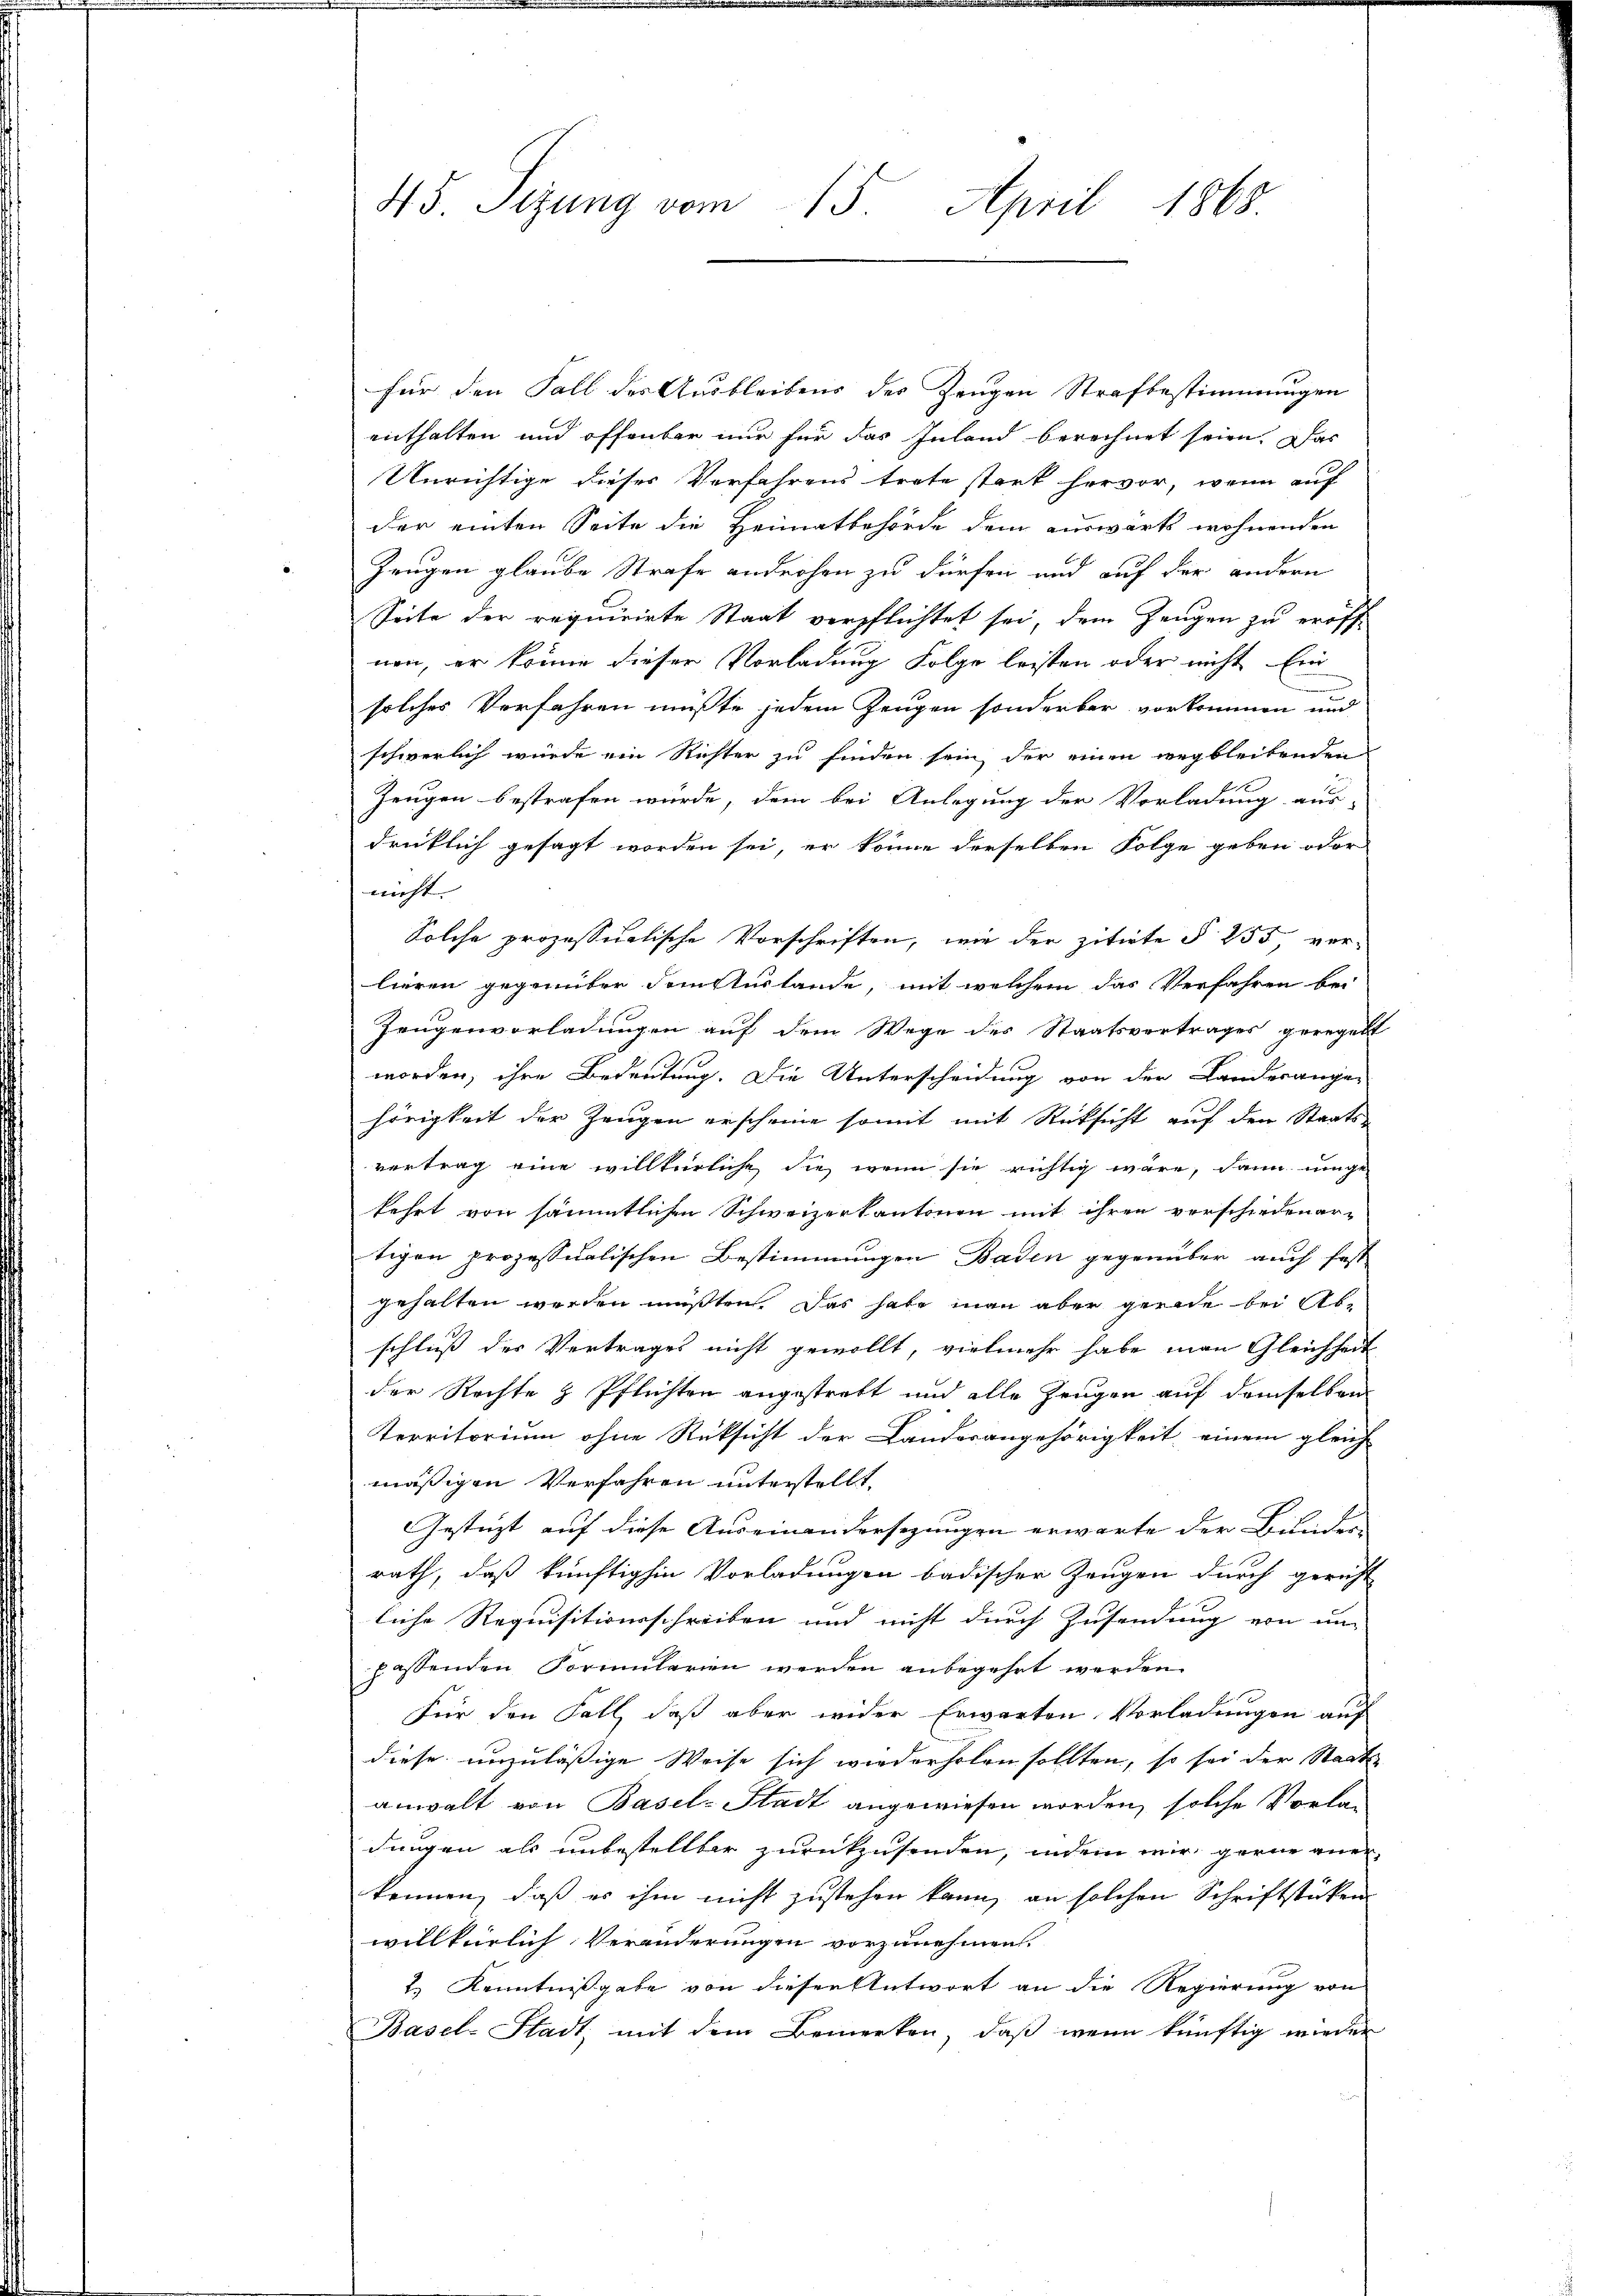
45 Sizung vom 15. April 1868

für den Fall des Ausbleibens des Zeugen Strafbestimmungen
enthalten und offenbar nur für das Inland berechnet seien. Das
Unrichtige dieses Verfahrens trete stark hervor, wenn auf
der einten Seite die Heimatbehörde dem auswärts wohnenden
Zeugen glaube Strafe androhen zu dürfen und auf der andern
Seite der requirirte Staat verpflichtet sei, dem Zeugen zu eröffnen, er könne dieser Vorladung Folge leisten oder nicht Ein
solches Verfahren müßte jedem Zeugen sonderbar vorkommen und
schwerlich würde ein Richter zu finden sein der einen wegbleibenden
Zeugen bestrafen wurde, dem bei Anlegung der Vorladung aus-
drüklich gesagt worden sei, er könne derselben Folge geben oder
nicht. |
Solche prozessualische Vorschriften, wie der zitirte § 255 vor-
lieren gegenüber dem tustande, mit welchem das Verfahren bei
Zeugenvorladungen auf dem Wege des Staatsvertrages geregelt
worden, ihre Bedeutung. Die Unterscheidung von der Landerange-
hörigkeit der Zeugen erscheine somit mit Rücksicht auf den Staats-
vertrag eine willkürliche die wenn sie richtig wäre, dann einge
lehrt von sämmtlichen Schweizerkantonen mit ihren verschiedenertigen prozessualischen Bestimmungen Baden gegenüber auch fest
gehalten werden müßten. Das habe man aber gerade bei Abschluß der Vertrages nicht gewollt, vielmehr habe man Gleichheit
der Rechte & Pflichten angestrebt und alle Zeugen auf demselben
Territorium ohne Rüksicht der Landorangehörigkeit einem gleich-
mässigen Verfahren unterstellt,
Gestützt auf diese Auseinandersezungen erwarte der Bunder-
rath, daß künftighin Vorladungen badischer Zeugen durch gericht
liche Requisitionsschreiben und nicht durch Zusendung von un-
passenden Formularien werden anbegehrt werden.
Für den Fall, daß aber wider Erwarten Vorladungen auf
diese unzuläßige Weise sich wiederholen sollten, so sei der Staats
anwalt von Basel-Stadt angewiesen worden, solche Vorla-
dungen als unbestellter zurückzusenden, indem wir gerne anerkennen, daß es ihm nicht zustehen kann, an solchen Schriftstücken
willkürlich Veränderungen vorzunehmen.
2.) Kenntnißgabe von dieser Antwort an die Regierung von
Basel-Stadt, mit dem Bemerken, daß wenn künftig wieder